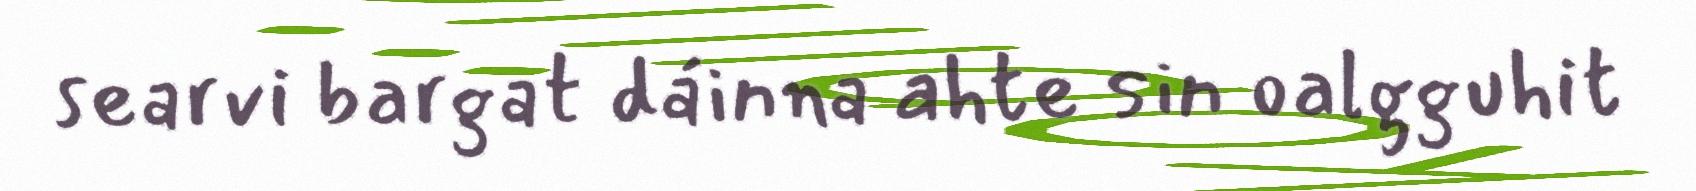
searvi bargat dáinna ahte sin oalgguhit